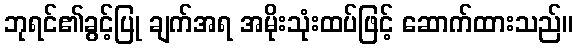
ဘုရင်၏ခွင့်ပြု ချက်အရ အမိုးသုံးထပ်ဖြင့် ဆောက်ထားသည်။